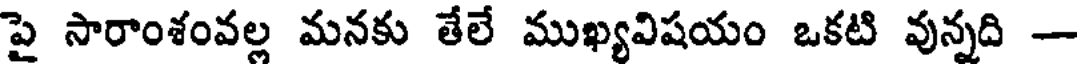
పై సారాంశంవల్ల మనకు తేలే ముఖ్యవిషయం ఒకటి వున్నది -